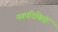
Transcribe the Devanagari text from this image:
नवपरिचितों